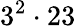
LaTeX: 3^{2}\cdot 23